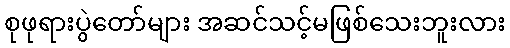
စုဖုရားပွဲတော်များ အဆင်သင့်မဖြစ်သေးဘူးလား